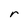
Character: r